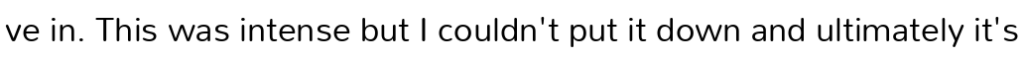
ve in. This was intense but I couldn't put it down and ultimately it's